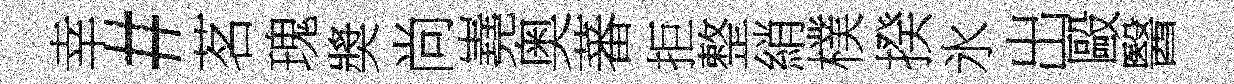
幸#茗瑰奬尚嶤奥蕃拒整綃樸揆氷出毆醫